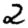
Digit: 2